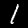
Digit: 1